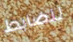
للضابط